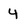
Character: 4